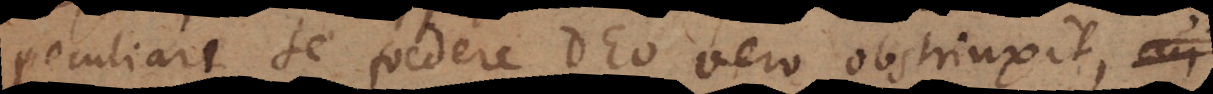
peculiari se foedere Deo vero obstrinxit,